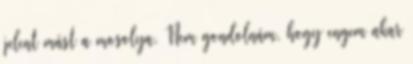
jelent mást a mosolya. Nem gondolnám, hogy engem akar